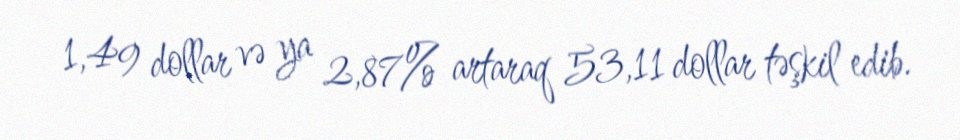
1,49 dollar və ya 2,87% artaraq 53,11 dollar təşkil edib.